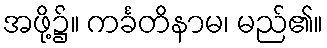
အဖို့၌။ ကင်္ခတိနာမ၊ မည်၏။